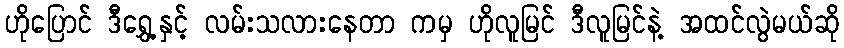
ဟိုပြောင် ဒီရွှေ့နှင့် လမ်းသလားနေတာ ကမှ ဟိုလူမြင် ဒီလူမြင်နဲ့ အထင်လွဲမယ်ဆို